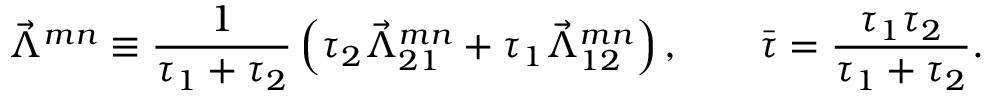
\vec { \Lambda } ^ { m n } \equiv \frac { 1 } { \tau _ { 1 } + \tau _ { 2 } } \left( \tau _ { 2 } \vec { \Lambda } _ { 2 1 } ^ { m n } + \tau _ { 1 } \vec { \Lambda } _ { 1 2 } ^ { m n } \right) , \qquad \bar { \tau } = \frac { \tau _ { 1 } \tau _ { 2 } } { \tau _ { 1 } + \tau _ { 2 } } .